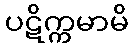
ပဋိက္ကမာမိ